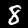
Label: 8